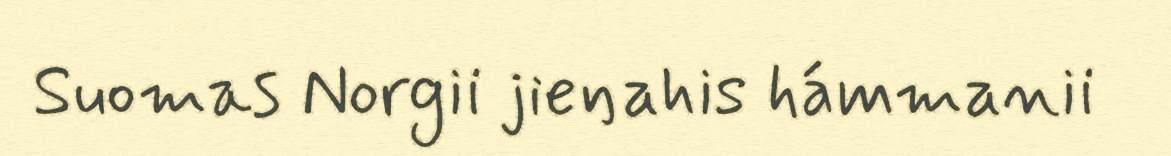
Suomas Norgii jieŋahis hámmanii